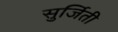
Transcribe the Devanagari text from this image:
सुर्जिती